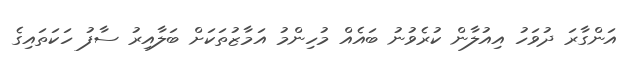
އަންގާރަ ދުވަހު އިއުލާން ކުރެވުނު ބައެއް މުހިންމު އަމާޒުތަކަށް ބަލާއިރު ސާފު ހަކަތައިގެ